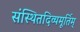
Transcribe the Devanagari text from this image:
संस्थितदिव्यमूर्तिम्